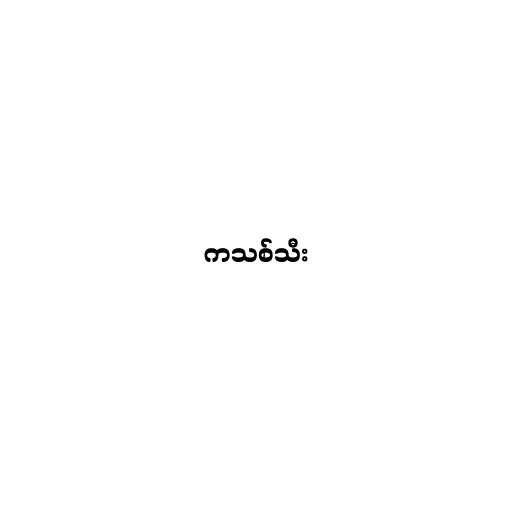
ကသစ်သီး